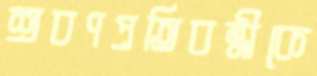
শ্রবণপ্রতিবন্ধীকে